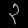
Digit: ၃